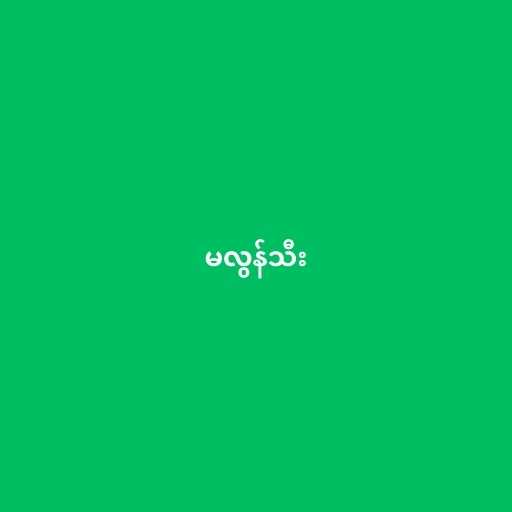
မလွန်သီး